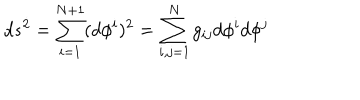
d s ^ { 2 } = \sum _ { i = 1 } ^ { N + 1 } ( d \phi ^ { i } ) ^ { 2 } = \sum _ { i , j = 1 } ^ { N } g _ { i j } d \phi ^ { i } d \phi ^ { j }